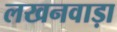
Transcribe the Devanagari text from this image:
लखनवाड़ा